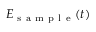
E _ { \mathrm { ~ s ~ a ~ m ~ p ~ l ~ e ~ } } ( t )